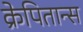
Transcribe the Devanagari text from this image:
क्रेपितान्स